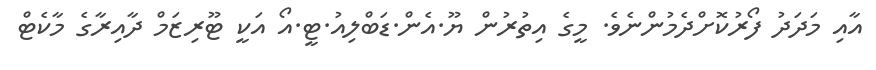
އާއި މަދަދު ފޯރުކޮށްދެމުންނެވެ. މީގެ އިތުރުން ޔޫ.އެން.ޑަބްލިއު.ޓީ.އޯ އަކީ ޓޫރިޒަމް ދާއިރާގެ މާކެޓް